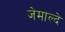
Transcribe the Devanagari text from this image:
जेमाल्दे